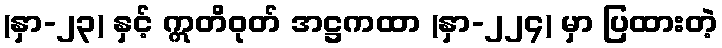
(နှာ-၂၃) နှင့် ဣတိဝုတ် အဋ္ဌကထာ (နှာ-၂၂၄) မှာ ပြထားတဲ့